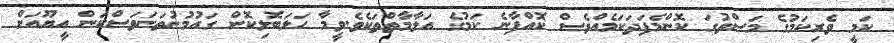
ކަމީ ވެރިކަމުގެ މަސްތުގަ ކޮންމެފަދަކަމެއްވެސް ކޮއްފާނެ ކަމުގެ އަލާމާތްތަކެވެ.ވީމާ ހަލަބޮލިކޮށް ގައުމުނުތަނަވަސްކަން އީޔޫއަށް